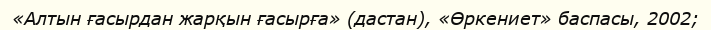
«Алтын ғасырдан жарқын ғасырға» (дастан), «Өркениет» баспасы, 2002;